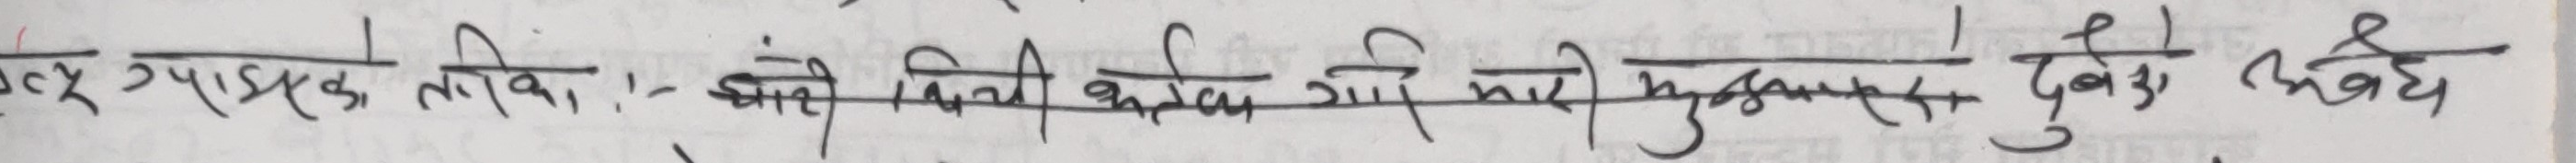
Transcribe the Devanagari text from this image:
उत्तर एसएमस लेखिए, चाँही विदी कर्तव्य सारी भूमिका, दुबै कर्तव्य,